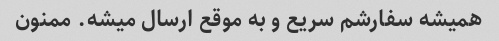
همیشه سفارشم سریع و به موقع ارسال میشه. ممنون